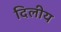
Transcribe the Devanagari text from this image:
दिलीय